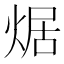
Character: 𤉸